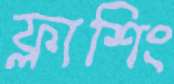
ফ্লাশিং